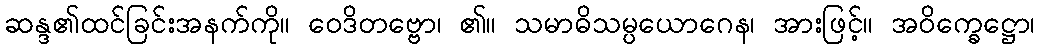
ဆန္ဒ၏ထင်ခြင်းအနက်ကို။ ဝေဒိတဗ္ဗော၊ ၏။ သမာဓိသမ္ပယောဂေန၊ အားဖြင့်။ အဝိက္ခေဋ္ဌော၊